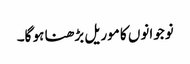
نوجوانوں کا موریل بڑھنا ہو گا۔